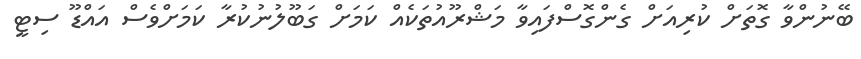
ބޭނުންވާ ގޮތަށް ކުރިއަށް ގެންގޮސްފައިވާ މަޝްރޫއުތަކެއް ކަަމަށް ގަބޫލުނުކުރާ ކަަމަށްވެސް އައްޑޫ ސިޓީ